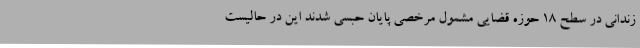
زندانی در سطح 18 حوزه قضایی مشمول مرخصی پایان حبسی شدند این در حالیست